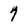
Character: 7